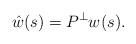
LaTeX: \begin{align*} \hat w(s) &= P^\perp w(s).\ \ \ \ \ \ \end{align*}